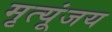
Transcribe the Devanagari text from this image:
मृत्यूंजय